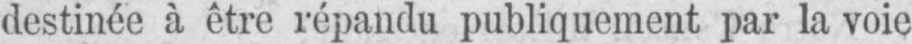
destinée à être répandu publiquement par la voie